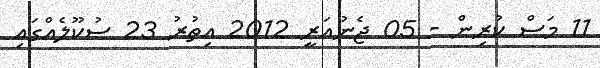
11 މަސް ކުރިން - 05 ޖެނުއަރީ 2012 އިތުރު 23 ސުކޫލެއްގައި